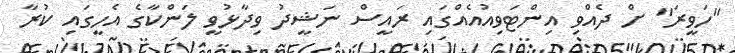
"ހަވީރަ" ށް ދެއްވި އިންޓަވިއުއެއްގައި ރައީސް ނަޝީދު ވިދާޅުވީ ލަންކާގެ އެހީގައި ކުރާ